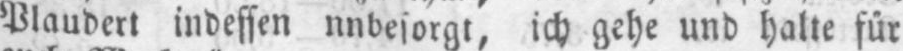
ich gehe und halte für